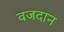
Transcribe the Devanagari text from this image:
वजदान